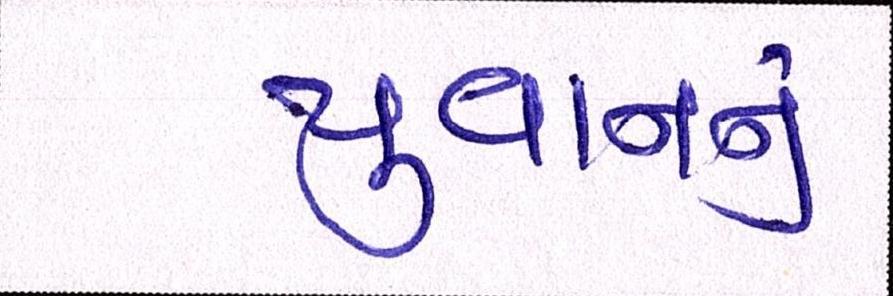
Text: યુવાનનુ